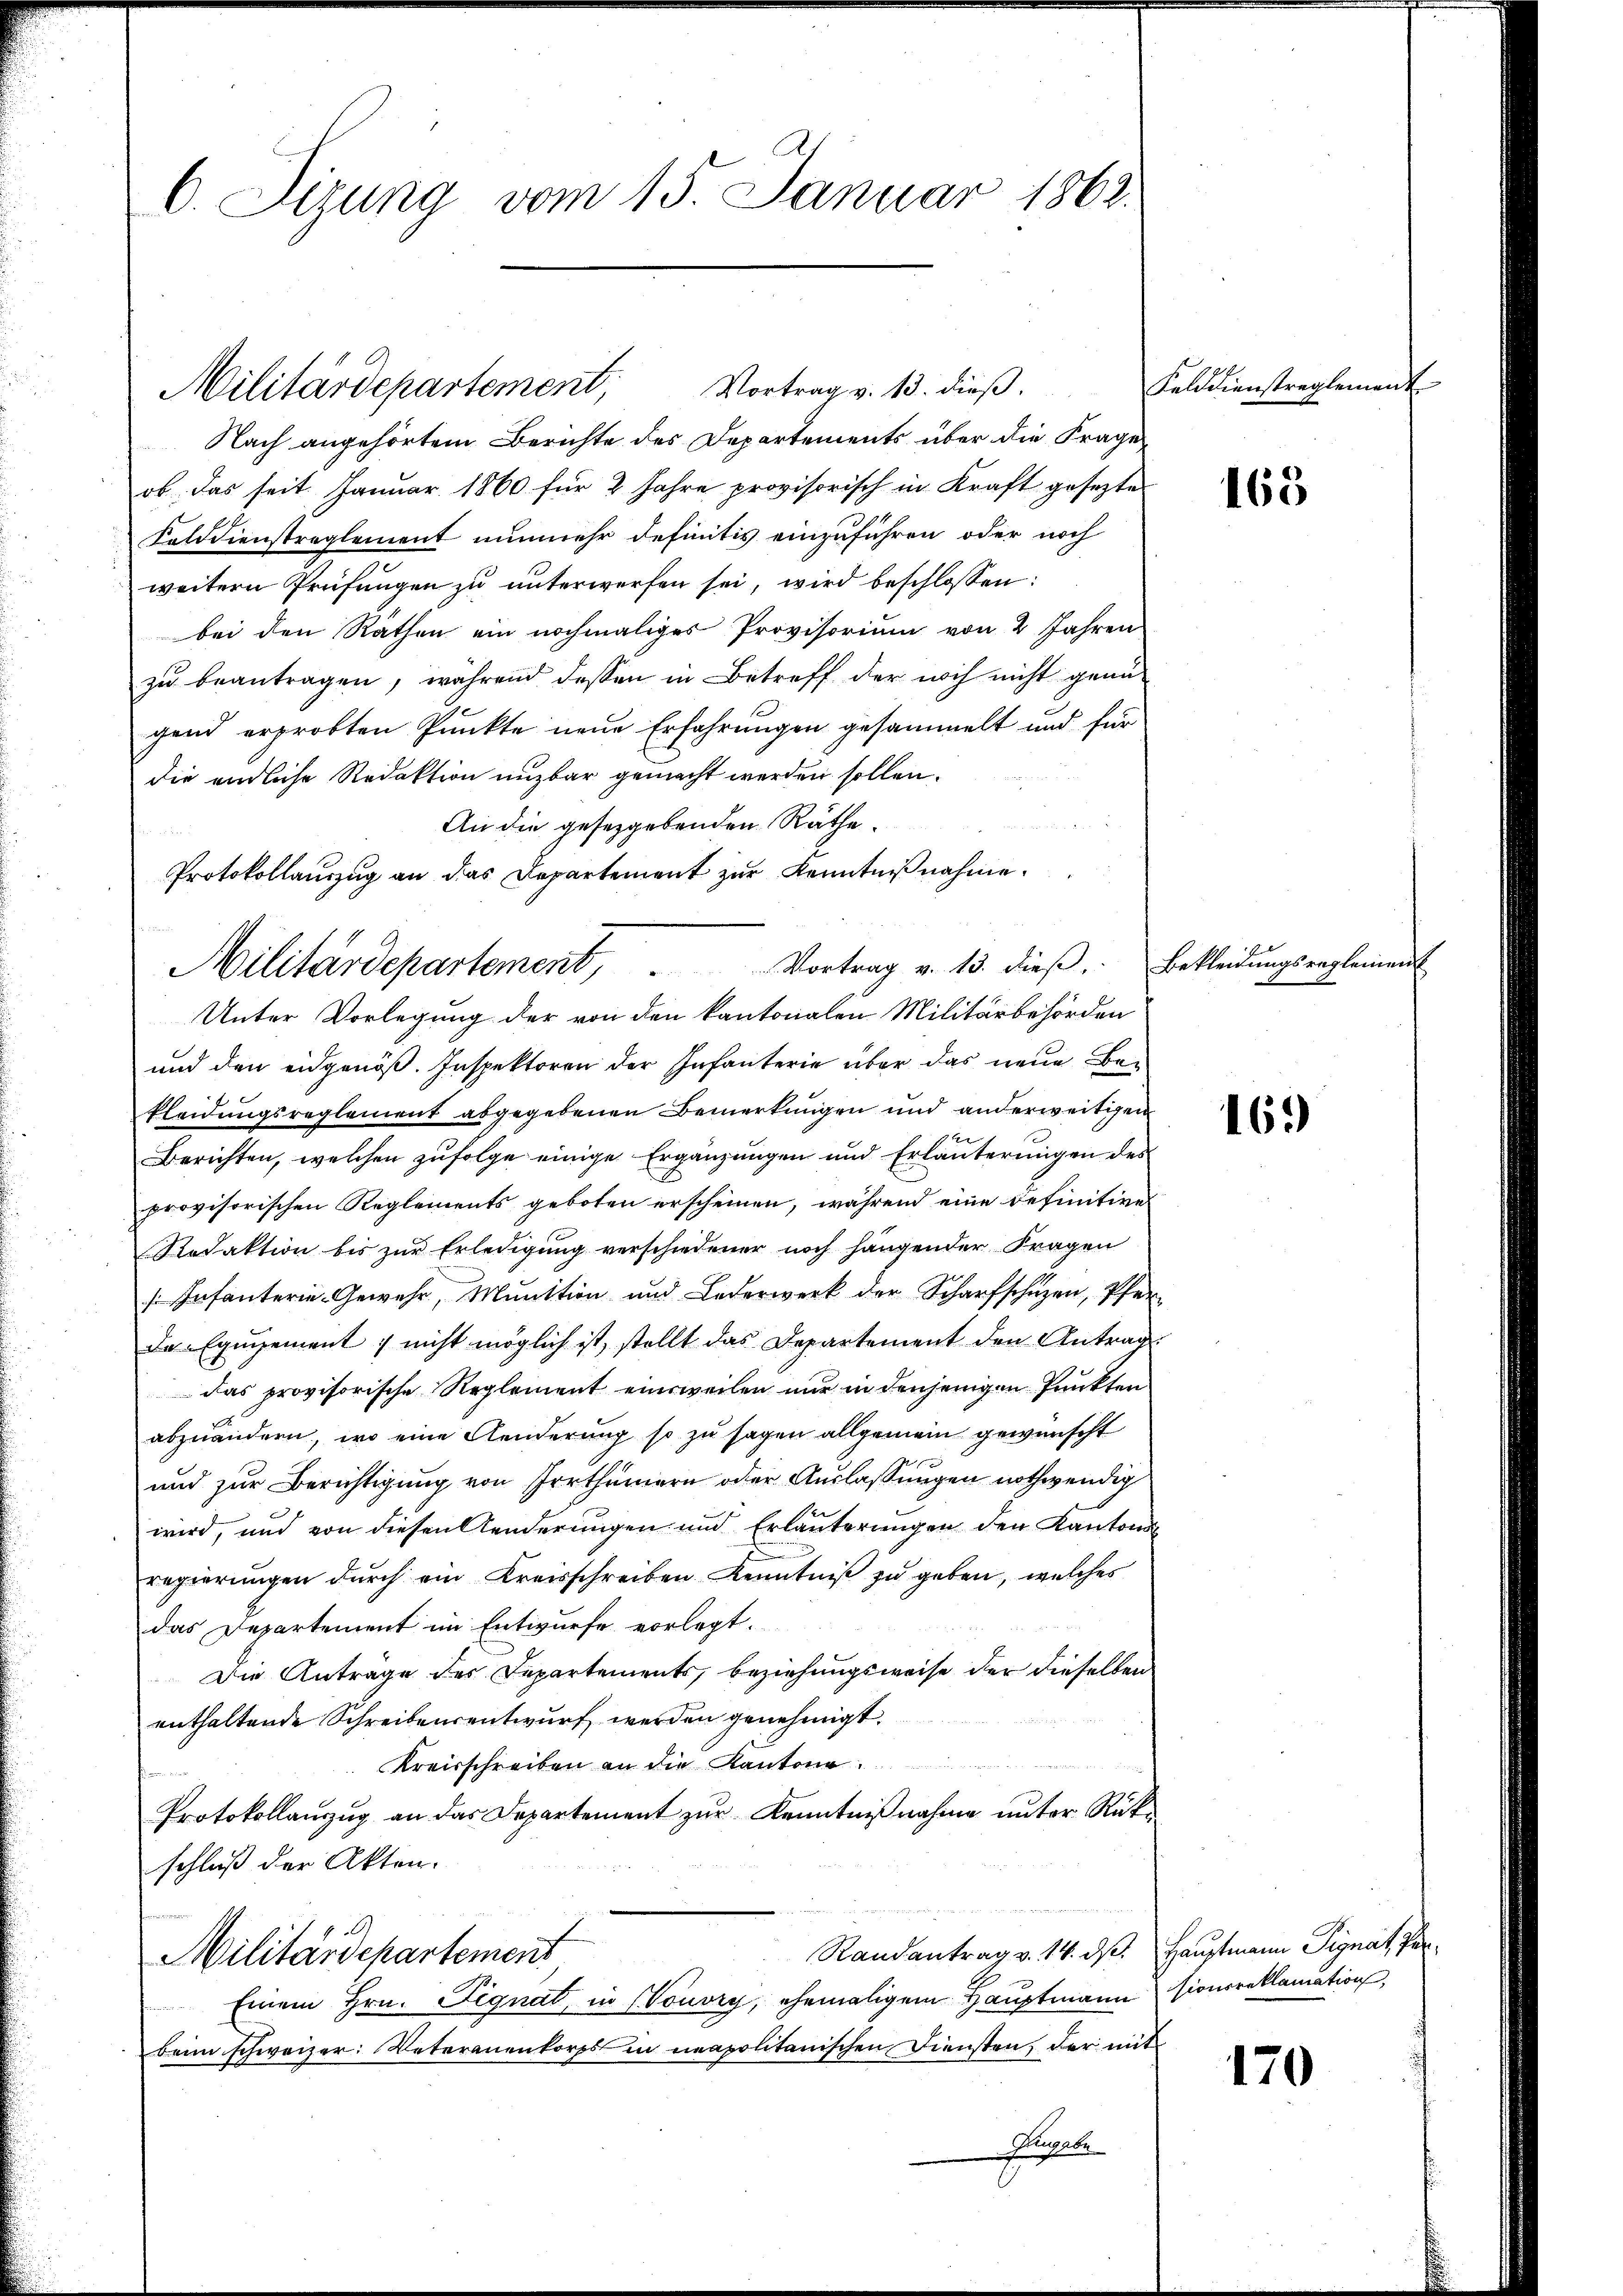
Nach angehörtem Berichte des Departements über die Frage,
ob. Das seit Januar 1860 für 2 Jahre provisorisch in Kraft geseztes
Felddienstreglement nunmehr definitiv einzuführen oder noch
weitern Prüfungen zu unterwerfen sei, wird beschlossen:
bei den Räthen ein nochmaliges Provisorium von 2 Jahren
zŭ beantragen, während dessen in Betreff der noch nicht genu
gend erprobten Punkte neue Erfahrungen gesammelt und für
die endliche Redaktion unzbar gemacht werden sollen.
An die gesetzgebenden Räthe.
Militärdepartement, Vortrag v. 13. dieß, Bekleidungsregleinen
Unter Vorlegung der von den kantonalen Militärbehörden
und den eidgenöß. Inspektoren der Infanterie über das neue Be¬
Pleidungsreglement abgegebenen Bemerkungen und anderweitigen
Berichten, welchen zufolge einige Ergänzungen und Erläuterungen des
provisorischen Reglements geboten erscheinen, während eine definitives
Redaktion bis zŭr Erledigŭng verschiedener noch hangender Fragen
[Infanterie-Gewehr, Munition und Lederwerk der Scharfschützen, Pfer
Da Equipement & nicht möglich ist, stellt das Departement den Antrag
das provisorische Reglement einsweilen nur in denjenigen Punkten
abzuändern, wo eine Aenderung so zu sagen allgemein gewünscht
und zur Berichtigung von Irrthümern oder Auslassungen nothwendig
wird, und von diesen Aenderungen und Erläuterungen den Kantons
regierungen durch ein Kreisschreiben Kenntniß zu geben, welches
das Departement im Entwurfe vorlegt.
Die Anträge des Departements, beziehungsweise der dieselben
enthaltende Schreibensentwurf werden genehmigt.
Kreisschreiben an die Kantone
Protokollanzug an das Departement zur Kenntnißnahme unter Rükschluß der Akten.
Randantrag v. 14. ds.
Militärdepartement
Einem Hrn. Signat, in (Vouvry, ehemaligem Hauptmann sion reklamation,
beim schweizer: Vateranenkorps in neapolitanischen Diensten, der mit
Auggebe

C. Sizung vom 15. Januar 1862.

Militärdepartement,

Protokollauszug an das Departement zur Kenntnißnahme.

Vortrag v. 13. dieß.

Felddienstreglement

165

163

Hauptmann Signat Per¬

170